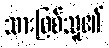
သားဖြစ်သူ၏